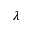
\lambda